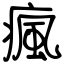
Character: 瘋